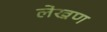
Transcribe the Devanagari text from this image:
लेखण